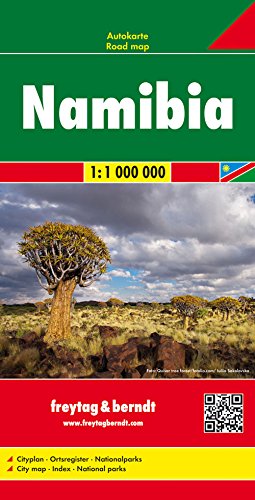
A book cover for Namibia Fb R (English, Spanish, French, Italian and German Edition); fb; Travel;